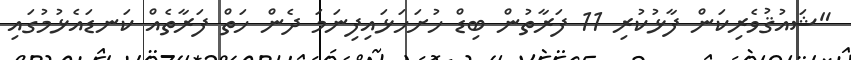
"ޝައުޤުވެރިކަން ފާޅުކުރި 11 ފަރާތުން ބިޑް ހުށަހަޅައިފިނަމަ ދެން ހަތް ފަރާތެއް ކަނޑައެޅުމުގައި